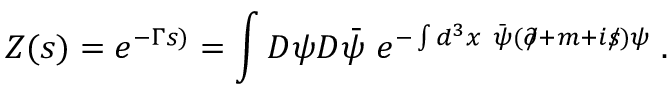
Z ( s ) = e ^ { - \Gamma s ) } = \int { \cal D } \psi { \cal D } \bar { \psi } ~ e ^ { - \int d ^ { 3 } x ~ \bar { \psi } ( \partial \! \! \! / + m + i s \! \! \! / ) \psi } \; .